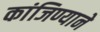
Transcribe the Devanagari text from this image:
कांजिण्याने